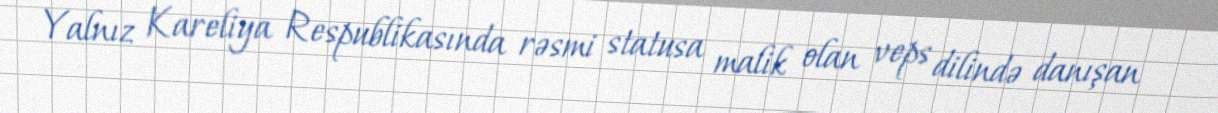
Yalnız Kareliya Respublikasında rəsmi statusa malik olan veps dilində danışan